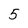
Character: 5